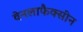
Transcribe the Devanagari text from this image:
वेनलाफैक्सीन